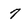
Character: 7